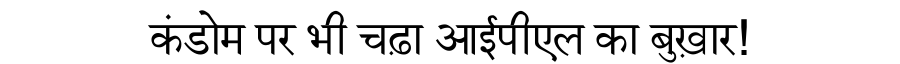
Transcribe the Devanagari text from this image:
कंडोम पर भी चढ़ा आईपीएल का बुख़ार!